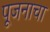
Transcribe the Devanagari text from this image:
पूजनाचा